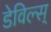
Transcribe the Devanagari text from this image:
डेविल्स्